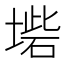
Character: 𡎵